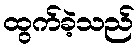
ထွက်ခဲ့သည်